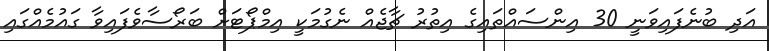
އަދި ބުނެފައިވަނީ 30 އިންސައްތައިގެ އިތުރު ޗާޖެއް ނެގުމަކީ އިމްޕޯޓަށް ބަރޯސާވެފައިވާ ގައުމެއްގައި